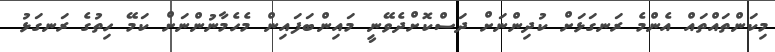
މިކަންތައްތައް އެންމެ ރަނގަޅަށް ކުދިންނަށް ދަސްކޮށްދެވޭނީ މައިންބަފައިން މެހެމާނުންނަށް ކަމޭ ހިތުގެ ރަނގަޅު